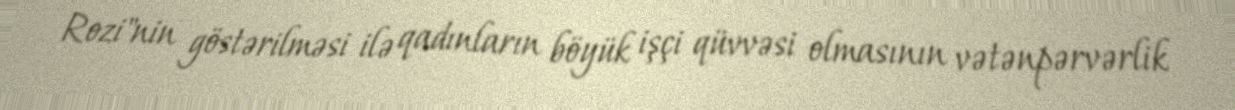
Rozi"nin göstərilməsi ilə qadınların böyük işçi qüvvəsi olmasının vətənpərvərlik